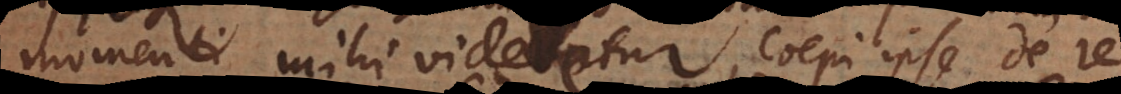
momenti mihi videretur, coepi ipse de re